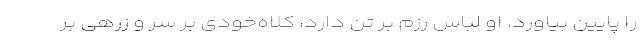
را پایین بیاورد. او لباس رزم بر تن دارد، کلاه‌خودی بر سر و زرهی بر